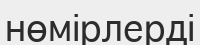
нөмірлерді